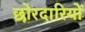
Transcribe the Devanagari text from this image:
छोरदारियों